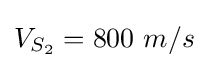
V_{S_{2}}=800~m/s